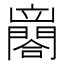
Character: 𨶼